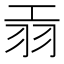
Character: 𦏺